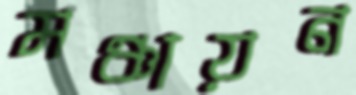
মঞ্চায়ন